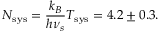
N _ { \mathrm { s y s } } = \frac { k _ { B } } { h \nu _ { s } } T _ { \mathrm { s y s } } = 4 . 2 \pm 0 . 3 .